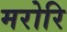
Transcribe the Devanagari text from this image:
मरोरि